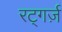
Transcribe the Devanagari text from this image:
रट्गर्ज़